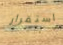
استقرار